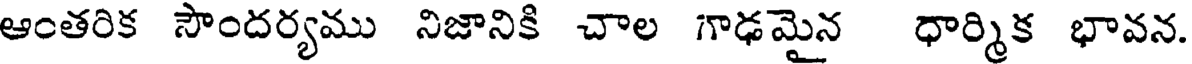
ఆంతరిక సౌందర్యము నిజానికి చాల గాఢమైన ధార్మిక భావన